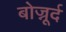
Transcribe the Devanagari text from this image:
बोज्नूर्द